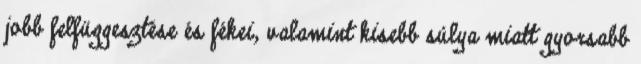
jobb felfüggesztése és fékei, valamint kisebb súlya miatt gyorsabb